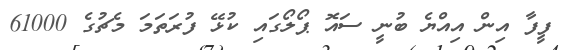
ފީފާ އިން އިއްޔެ ބުނީ ސައޮ ޕޯލޯގައި ކުޅޭ ފުރަތަމަ މެޗުގެ 61000